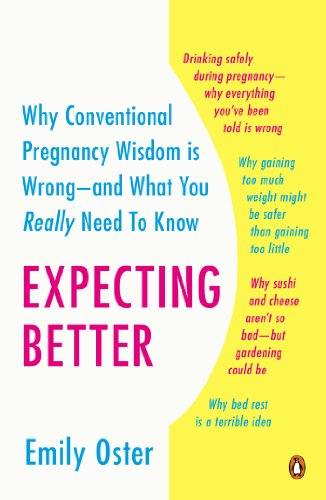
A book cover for Expecting Better: Why the Conventional Pregnancy Wisdom Is Wrong--and What You Really Need to Know; Emily Oster; Parenting & Relationships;